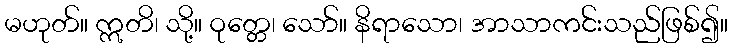
မဟုတ်။ ဣတိ၊ သို့။ ဝုတ္တေ၊ သော်။ နိရာသော၊ အာသာကင်းသည်ဖြစ်၍။